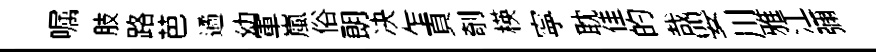
嘱肢路芭遹幼軍嵐俗朗决乍頁剞楧寜耽佳的哉嬰川雅江彌